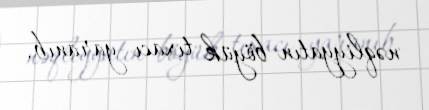
nəqliyyatın böyük tıxacı yaranıb.